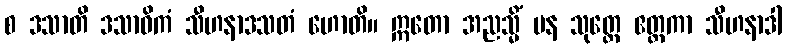
စ ဒသာတိ ဒသာဓိကံ သီဟနာဒသတံ ဟောတိ။ ဣတော အညသ္မိံ ပန သုတ္တေ ဧတ္တကာ သီဟနာဒါ